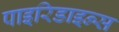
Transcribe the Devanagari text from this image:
पाइरिडाइन्स